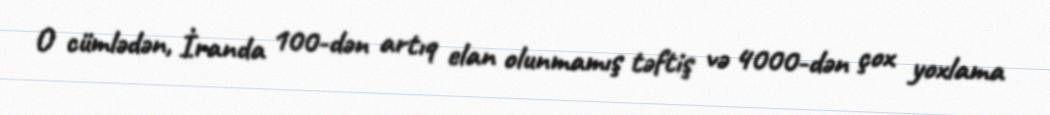
O cümlədən, İranda 100-dən artıq elan olunmamış təftiş və 4000-dən çox yoxlama